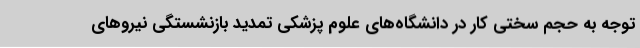
توجه به حجم سختی کار در دانشگاه‌های علوم پزشکی تمدید بازنشستگی نیروهای